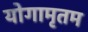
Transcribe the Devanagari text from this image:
योगामृतम